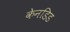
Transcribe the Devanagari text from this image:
केनडिड